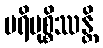
ပရိမုစ္စိဿန္တိ